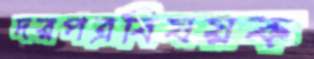
দরপত্রবিষয়ক